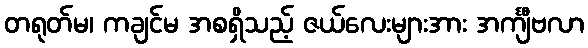
တရုတ်မ၊ ကချင်မ အစရှိသည့် ဇယ်လေးများအား အင်္ကျီဗလာ